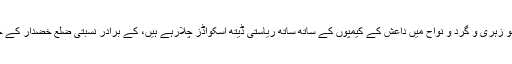
بلوچستان کے کٹھ پتلی وزیر اعلیٰ ثناء اللہ زہری جو زہری و گرد و نواح میں داعش کے کیمپوں کے ساتھ ساتھ ریاستی ڈیتھ اسکواڈز چلارہے ہیں، کے برادر نسبتی ضلع خضدار کے چیئرمین آغاشکیل درانی بھی قافلے میں شامل تھے۔